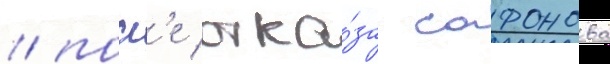
/ посл'е отка́за сафонова